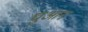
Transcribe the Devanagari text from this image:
घुआन